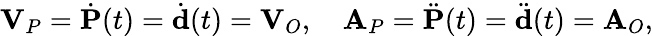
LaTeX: {\textbf{V}}_{P}={\dot{\textbf{P}}}(t)={\dot{\textbf{d}}}(t)={\textbf{V}}_{O},\quad{\textbf{A}}_{P}={\ddot{\textbf{P}}}(t)={\ddot{\textbf{d}}}(t)={\textbf{A}}_{O},